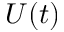
U ( t )